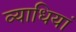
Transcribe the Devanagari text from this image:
व्‍याधियां